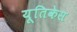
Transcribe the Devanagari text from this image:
यूतिकेस